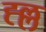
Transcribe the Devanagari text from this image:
ह्ल्ल